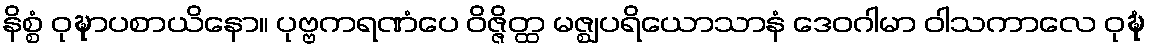
နိစ္စံ ဝုဍ္ဎာပစာယိနော။ ပုဗ္ဗကရဏံပေ ဝိဇ္ဇိတ္ထ မဇ္ဈပရိယောသာနံ ဒေဝဂါမာ ဝါသကာလေ ဝုဍ္ဎံ